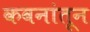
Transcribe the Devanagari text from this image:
कवनांतून